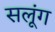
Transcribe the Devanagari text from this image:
सलूंग